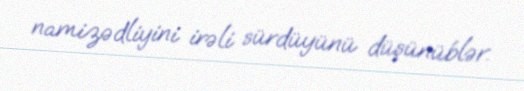
namizədliyini irəli sürdüyünü düşünüblər.